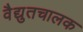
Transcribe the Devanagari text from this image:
वैद्युतचालक